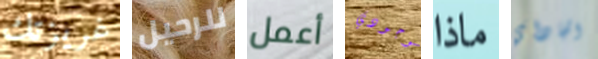
غريزتك للرحيل أعمل بوجودي ماذا الجاداي